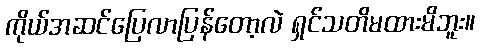
ကိုယ်အဆင်ပြေလာပြန်တော့လဲ ရှင်သတိမထားမိဘူး။